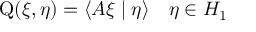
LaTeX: \operatorname { Q } ( \xi , \eta ) = \langle A \xi \mid \eta \rangle \quad \eta \in H _ { 1 }